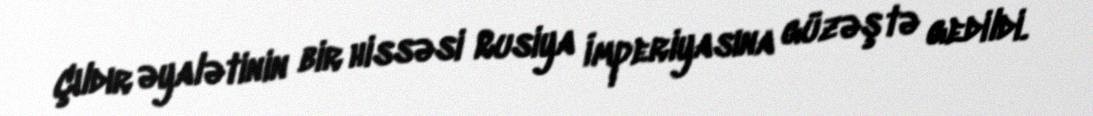
Çıldır əyalətinin bir hissəsi Rusiya İmperiyasına güzəştə gedildi.